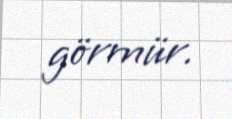
görmür.